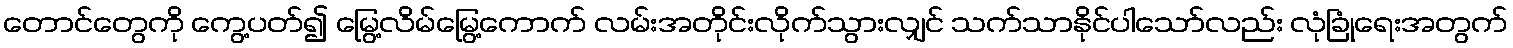
တောင်တွေကို ကွေ့ပတ်၍ မြွေ့လိမ်မြွေ့ကောက် လမ်းအတိုင်းလိုက်သွားလျှင် သက်သာနိုင်ပါသော်လည်း လုံခြုံရေးအတွက်